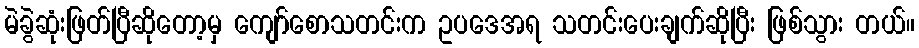
မဲခွဲဆုံးဖြတ်ပြီဆိုတော့မှ ကျော်စောသတင်းက ဥပဒေအရ သတင်းပေးချက်ဆိုပြီး ဖြစ်သွား တယ်။